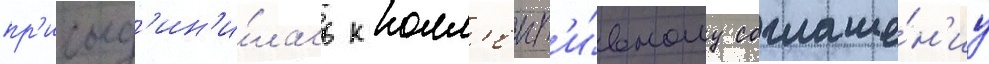
пр'исоед'ин'и́лась к колл'ект'и́вному соглаше́н'иу